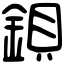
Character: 鋇